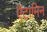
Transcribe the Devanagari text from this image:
ऍटामिन